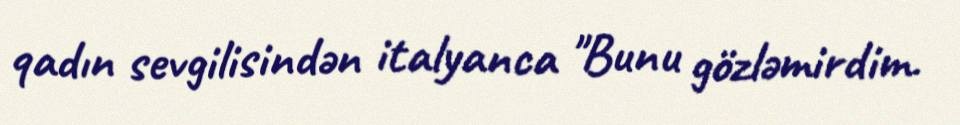
qadın sevgilisindən italyanca "Bunu gözləmirdim.